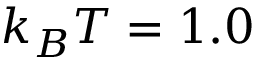
k _ { B } T = 1 . 0